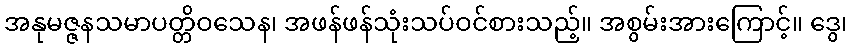
အနုမဇ္ဇနသမာပတ္တိဝသေန၊ အဖန်ဖန်သုံးသပ်ဝင်စားသည့်။ အစွမ်းအားကြောင့်။ ဒွေ၊